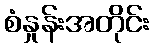
စံနှုန်းအတိုင်း